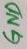
Text: GND